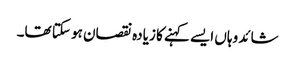
شائد وہاں ایسے کہنے کا زیادہ نقصان ہو سکتا تھا۔